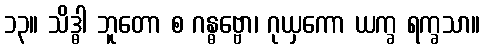
၁၃။ သိဒ္ဓါ ဘူတော စ ဂန္ဓဗ္ဗော၊ ဂုယှကော ယက္ခ ရက္ခသာ။